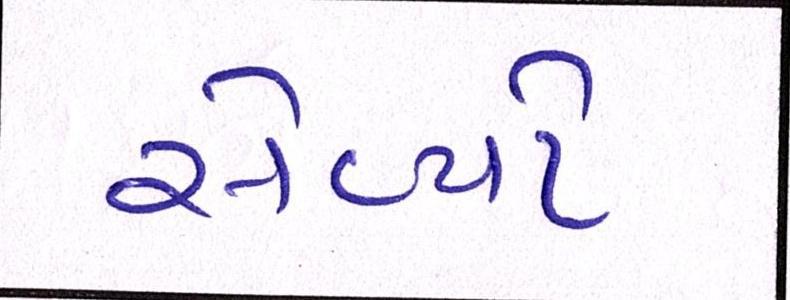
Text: સેવ્યો